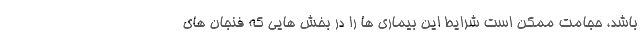
باشد، حجامت ممکن است شرایط این بیماری ها را در بخش هایی که فنجان های